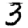
Digit: 3